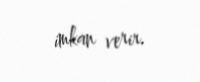
imkan verir.